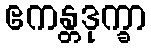
ဧကန္တဒုက္ခာ